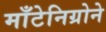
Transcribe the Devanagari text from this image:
माँटेनिग्रोने